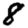
Digit: 8